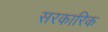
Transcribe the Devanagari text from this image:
सरकारिक